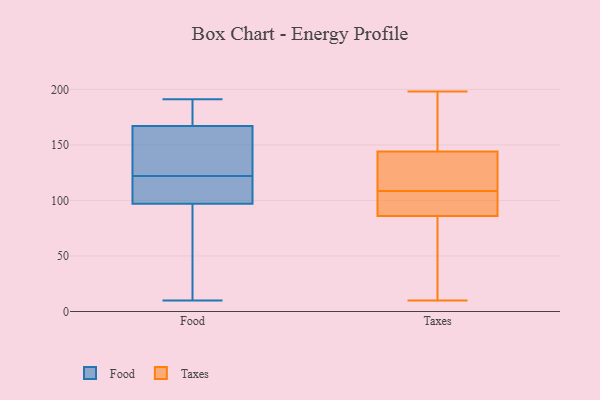
{"axis": {"x": "Budget (USD K)", "y": "Value"}, "legend": ["Food", "Taxes"], "data": [{"x": "", "y": 118, "type": "Food"}, {"x": "", "y": 191, "type": "Food"}, {"x": "", "y": 145, "type": "Food"}, {"x": "", "y": 173, "type": "Food"}, {"x": "", "y": 132, "type": "Food"}, {"x": "", "y": 12, "type": "Food"}, {"x": "", "y": 167, "type": "Food"}, {"x": "", "y": 122, "type": "Food"}, {"x": "", "y": 63, "type": "Food"}, {"x": "", "y": 10, "type": "Food"}, {"x": "", "y": 106, "type": "Food"}, {"x": "", "y": 185, "type": "Food"}, {"x": "", "y": 85, "type": "Food"}, {"x": "", "y": 101, "type": "Food"}, {"x": "", "y": 167, "type": "Food"}, {"x": "", "y": 119, "type": "Food"}, {"x": "", "y": 126, "type": "Food"}, {"x": "", "y": 145, "type": "Taxes"}, {"x": "", "y": 91, "type": "Taxes"}, {"x": "", "y": 107, "type": "Taxes"}, {"x": "", "y": 110, "type": "Taxes"}, {"x": "", "y": 144, "type": "Taxes"}, {"x": "", "y": 10, "type": "Taxes"}, {"x": "", "y": 71, "type": "Taxes"}, {"x": "", "y": 86, "type": "Taxes"}, {"x": "", "y": 139, "type": "Taxes"}, {"x": "", "y": 198, "type": "Taxes"}]}